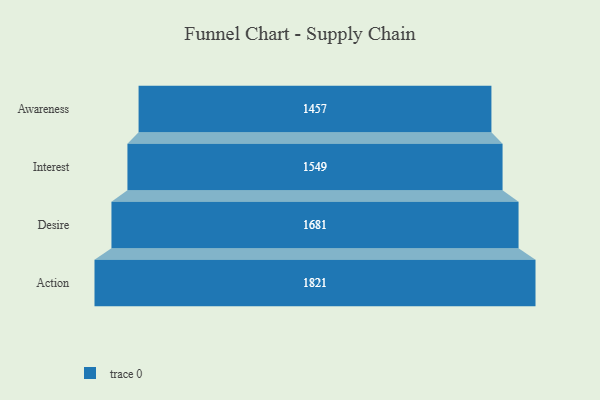
{"axis": {"x": "Stage", "y": "Value"}, "legend": [""], "data": [{"x": "Awareness", "y": 1457.0, "type": ""}, {"x": "Interest", "y": 1549.0, "type": ""}, {"x": "Desire", "y": 1681.0, "type": ""}, {"x": "Action", "y": 1821.0, "type": ""}]}